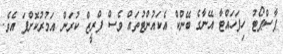
ޕާސްޕޯޓު ހިފަހައްޓާ އޭނާގެ ބޭންކް އެކައުންޓުތައް ވެސް ފްރީޒް ކުރަން އަމުރުކޮށްފަ އެވެ.